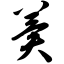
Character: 冀